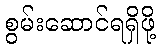
စွမ်းဆောင်ရရှိဖို့